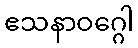
ဧသနာဝဂ္ဂေါ